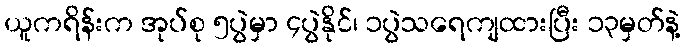
ယူကရိန်းက အုပ်စု ၅ပွဲမှာ ၄ပွဲနိုင်၊ ၁ပွဲသရေကျထားပြီး ၁၃မှတ်နဲ့